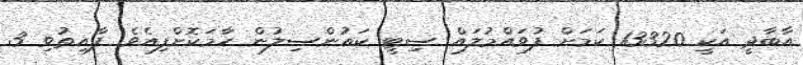
އާބާދީ އަކީ 13320 ކަމަށް ފުވައްމުލައް ސިޓީ ކައުންސިލުން ހާމަކޮށްފިއެވެ. ފާއިތުވި 3